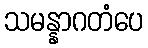
သမန္နာဂတံပေ